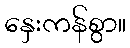
နှေးကန်စွာ။